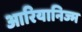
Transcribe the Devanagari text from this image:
आरियानिज्म